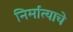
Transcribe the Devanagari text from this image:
निर्मात्याचे